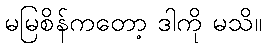
မမြစိန်ကတော့ ဒါကို မသိ။